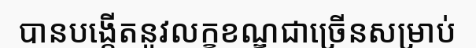
បានបង្កើតនូវលក្ខខណ្ឌជាច្រើនសម្រាប់